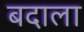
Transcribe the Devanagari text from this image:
बदाला